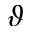
\vartheta